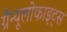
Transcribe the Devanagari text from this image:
ग्रैन्यूलोकाइट्स